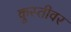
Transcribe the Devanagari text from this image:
कुस्तीवर